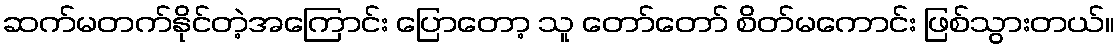
ဆက်မတက်နိုင်တဲ့အကြောင်း ပြောတော့ သူ တော်တော် စိတ်မကောင်း ဖြစ်သွားတယ်။